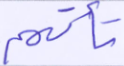
تأتهم